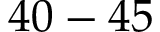
4 0 - 4 5